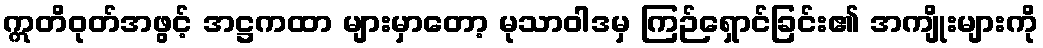
ဣတိဝုတ်အဖွင့် အဋ္ဌကထာ များမှာတော့ မုသာဝါဒမှ ကြဉ်ရှောင်ခြင်း၏ အကျိုးများကို